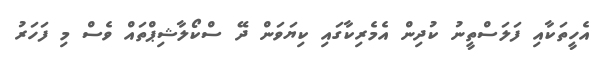
އެހީތަކާއި ފަލަސްތީނު ކުދިން އެމެރިކާގައި ކިޔަވަން ދޭ ސްކޯލާޝިޕްތައް ވެސް މި ފަހަރު